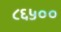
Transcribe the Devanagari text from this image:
८६५००